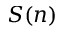
S ( n )